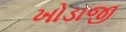
ખોડાજી